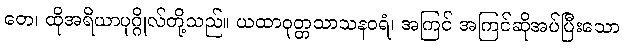
တေ၊ ထိုအရိယာပုဂ္ဂိုလ်တို့သည်။ ယထာဝုတ္တသာသနဝရံ၊ အကြင် အကြင်ဆိုအပ်ပြီးသော